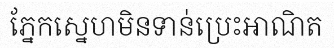
ភ្នែកស្នេហមិនទាន់ប្រេះអាណិត